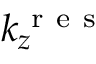
k _ { z } ^ { \mathrm { ~ r ~ e ~ s ~ } }